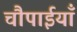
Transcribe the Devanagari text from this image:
चौपाईयाँ